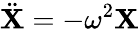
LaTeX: \ddot{\mathbf{X}}=-\omega^{2}\mathbf{X}